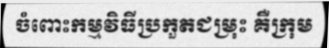
ចំពោះកម្មវិធីប្រកួតជម្រុះ គឺក្រុម